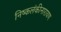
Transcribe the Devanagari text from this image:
निष्कलंकीनारायण